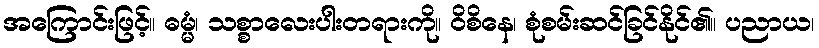
အကြောင်းဖြင့်။ ဓမ္မံ၊ သစ္စာလေးပါးတရားကို။ ဝိစိနေ၊ စုံစမ်းဆင်ခြင်နိုင်၏။ ပညာယ၊